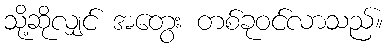
သို့ဆိုလျှင် အတွေး တစ်ခုဝင်လာသည်။